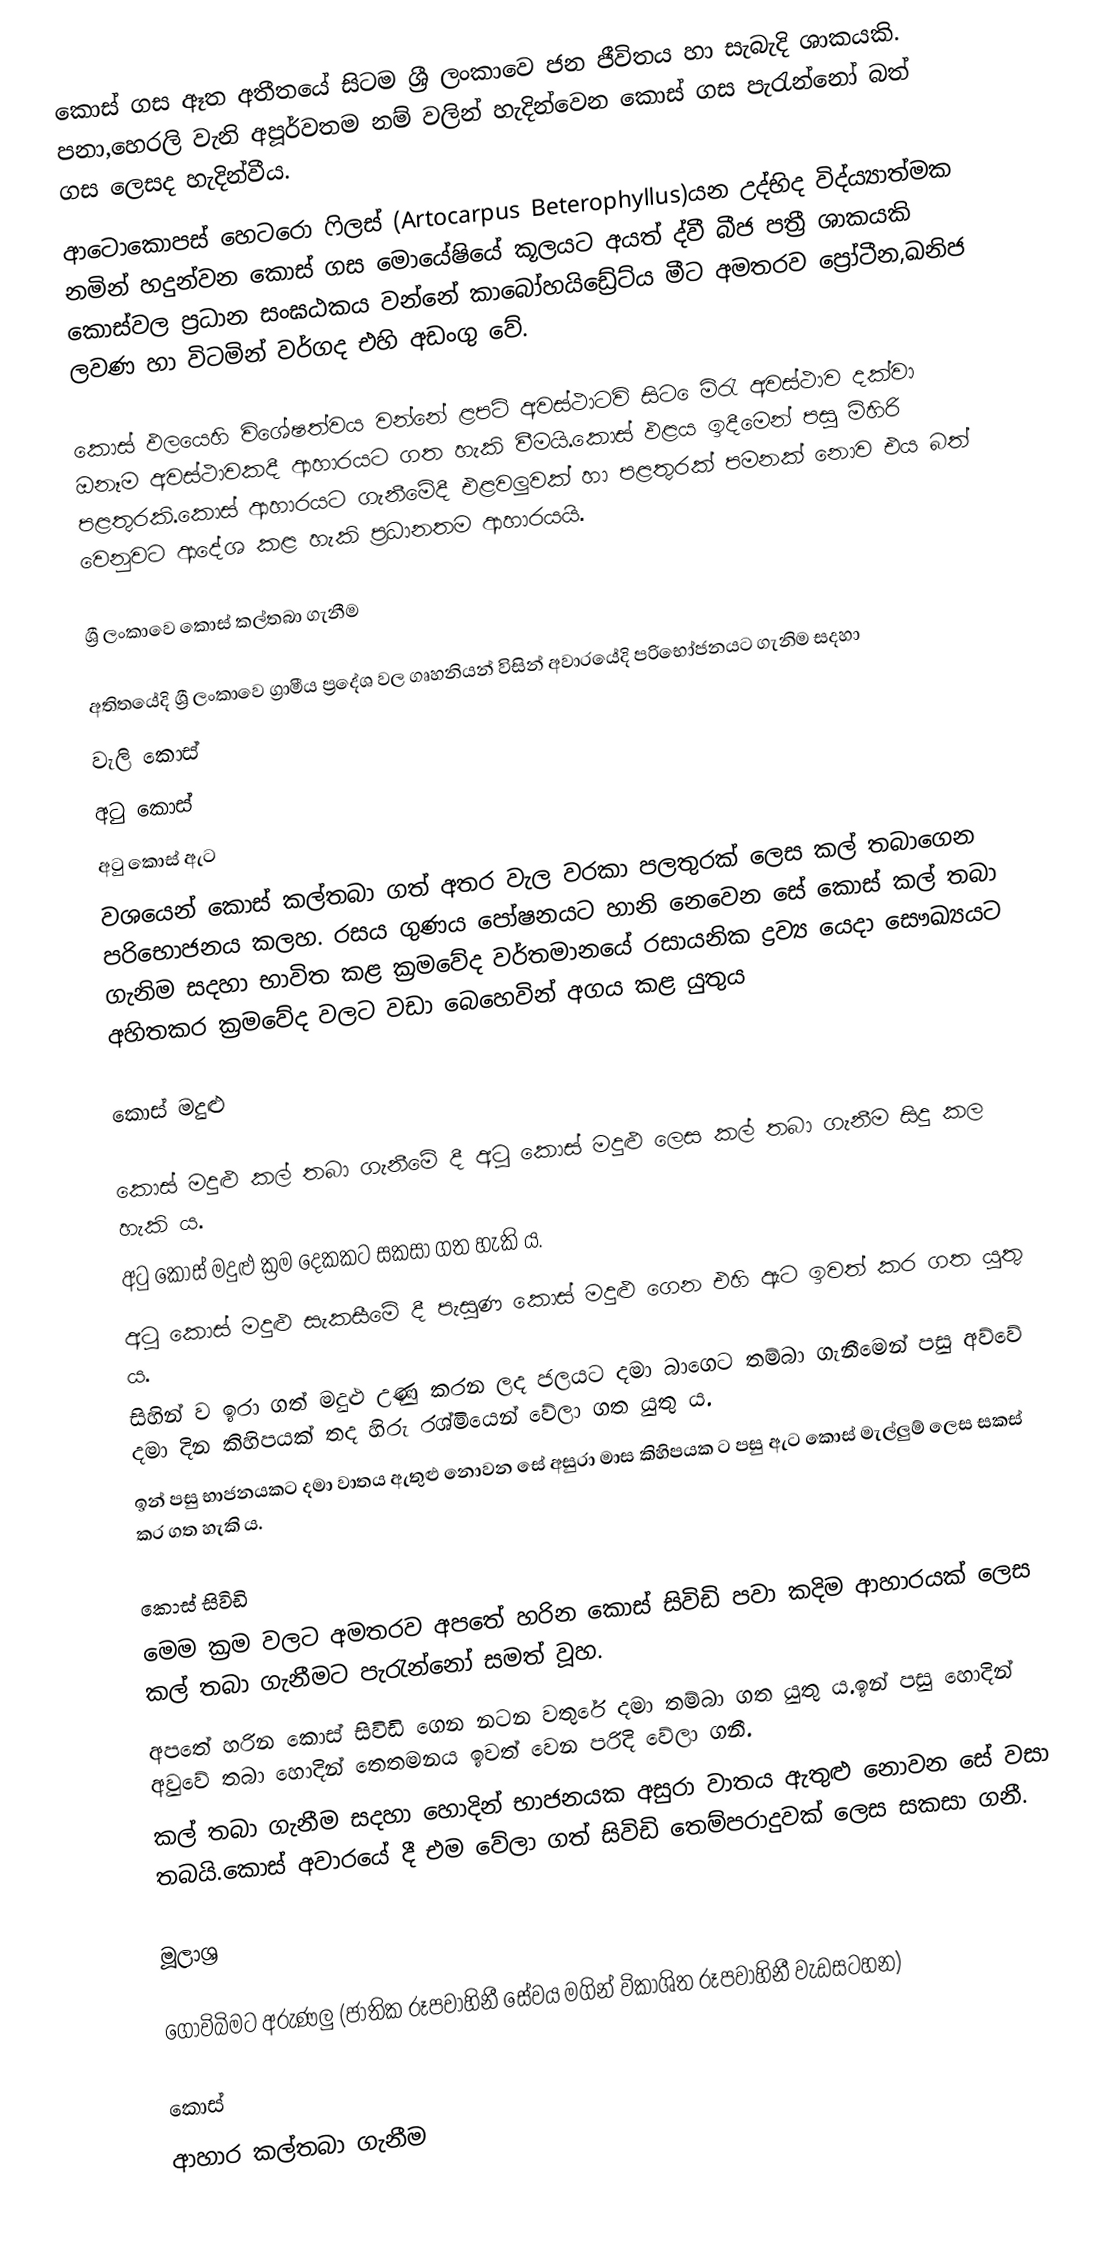
කොස් ගස ඈත අතීතයේ සිටම ශ්‍රී ලංකාවෙ ජන ජීවිතය හා සැබැදි ශාකයකි.  පනා,හෙරලි වැනි අපූර්වතම නම් වලින් හැදින්වෙන කොස් ගස පැරැන්නෝ බත් ගස ලෙසද හැදින්වීය.
ආටොකොපස් හෙටරො‍ ෆිලස් (Artocarpus Beterophyllus)යන උද්භිද විද්ය්‍යාත්මක නමින් හදුන්වන කොස් ගස මොයේෂියේ කූලයට අයත් ද්වී බීජ පත්‍රී ශාකයකි කොස්වල ප්‍රධාන සංඝඨකය වන්නේ කාබෝහයිඩ්‍රේට්ය මීට අමතරව ‍‍ප්‍රෝටීන,ඛනිජ ලවණ හා විටමින් වර්ගද එහි අඩංගු වේ.

කොස් ඵලයෙහි විශේෂත්වය වන්නේ ළපටි අවස්ථාටවි සිට ‍ෙමිරැ අවස්ථාව දක්වා ඔනෑම අවස්ථාවකදී ආහාරයට ගත හැකි වීමයි.කොස් ඵළය ඉදීමෙන් පසු මිහිරි පළතුරකි.කොස් ආහාරයට ගැනීමේදී එළවලුවක් හා පළතුරක් පමනක් නොව එය බත් වෙනුවට ආදේශ කළ හැකි ප්‍රධානතම ආහාරයයි.

ශ්‍රී ලංකාවෙ කොස් කල්තබා ගැනීම

අතිතයේදි ශ්‍රී ලංකාවෙ ග්‍රාමීය ප්‍රදේශ වල ගෘහනියන් විසින් අවාරයේදි පරිභෝජනයට ගැනිම සදහා
වැලි කොස්
අටු කොස්
අටු කොස් ඇට
වශයෙන් කොස් කල්තබා ගත් අතර වැල වරකා පලතුරක් ලෙස කල් තබා‍ගෙන පරිභොජනය කලහ.  රසය ගුණය පෝෂනයට හානි නෙවෙන සේ කොස් කල් තබා ගැනිම සදහා භාවිත කළ ක්‍රමවේද වර්තමානයේ රසායනික ද්‍රව්‍ය යෙදා සෞඛ්‍යයට අහිතකර ක්‍රමවේද වලට වඩා බෙහෙවින් අගය කළ යුතුය

කොස් මදුළු

කොස් මදුළු කල් තබා ගැනීමේ දී අටු කොස් මදුළු ලෙස කල් තබා ගැනීම සිදු කල හැකි ය.
අටු කොස් මදුළු ක්‍රම දෙකකට සකසා ගත හැකි ය.
අටු කොස් මදුළු සැකසීමේ දී පැසුණ කොස් මදුළු ගෙන එහි ඇට ඉවත් කර ගත යුතු ය.
සිහින් ව ඉරා ගත් මදුළු උණු කරන ලද ජලයට දමා බාගෙට තම්බා ගැනීමෙන් පසු අව්වේ දමා දින කිහිපයක් තද හිරු රශ්මියෙන් වේලා ගත යුතු ය.
ඉන් පසු භාජනයකට දමා වාතය ඇතුළු නොවන සේ අසුරා මාස කිහිපයක ට පසු ඇට කොස් මැල්ලුම් ලෙස සකස් කර ගත හැකි ය.

කොස් සිවිඩි
මෙම ක්‍රම වලට අමතරව අපතේ හරින කොස් සිවිඩි පවා කදිම ආහාරයක් ලෙස කල් තබා ගැනීමට පැරැන්නෝ සමත් වූහ.
අපතේ හරින කොස් සිවිඩි ගෙන නටන වතුරේ දමා තම්බා ගත යුතු ය.ඉන් පසු හොදින් අවුවේ තබා හොදින් තෙතමනය ඉවත් වෙන පරිදි වේලා ගනී.
කල් තබා ගැනීම සදහා හොදින් භාජනයක අසුරා වාතය ඇතුළු නොවන සේ වසා තබයි.කොස් අවාරයේ දී එම වේලා ගත් සිවිඩි තෙම්පරාදුවක් ලෙස සකසා ගනී.

මූලාශ්‍ර

ගොවිබිමට අරුණලු (ජාතික රූපවාහිනී සේවය මගින් විකාශිත රූපවාහිනී වැඩසටහන)

කොස්
ආහාර කල්තබා ගැනීම